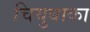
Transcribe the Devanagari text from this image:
चियुबाका